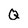
Character: Q